Indian journal of veterinary science and animal husbandry - Volumes 18-21, 1948-1951
Year: 1948
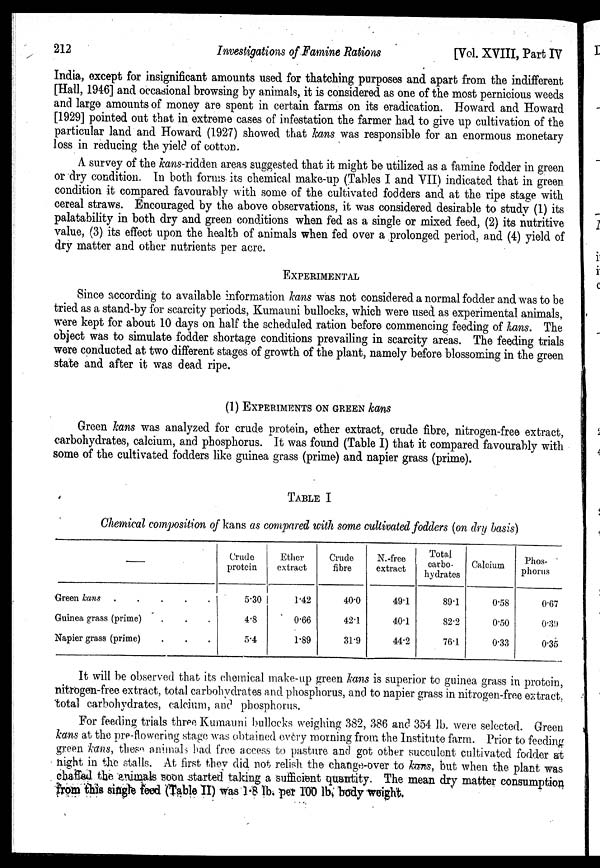
212
Investigations of Famine Rations
[Vol. XVIII, Part IV
India, except for insignificant amounts used for thatching purposes and apart from the indifferent
[Hall, 1946] and occasional browsing by animals, it is considered as one of the most pernicious weeds
and large amounts of money are spent in certain farms on its eradication. Howard and Howard
[1929] pointed out that in extreme cases of infestation the farmer had to give up cultivation of the
particular land and Howard (1927) showed that kans was responsible for an enormous monetary
loss in reducing the yield of cotton.
A survey of the kans-ridden areas suggested that it might be utilized as a famine fodder in green
or dry condition. In both forms its chemical make-up (Tables I and VII) indicated that in green
condition it compared favourably with some of the cultivated fodders and at the ripe stage with
cereal straws. Encouraged by the above observations, it was considered desirable to study (1) its
palatability in both dry and green conditions when fed as a single or mixed feed, (2) its nutritive
value, (3) its effect upon the health of animals when fed over a prolonged period, and (4) yield of
dry matter and other nutrients per acre.
EXPERIMENTAL
Since according to available information kans was not considered a normal fodder and was to be
tried as a stand-by for scarcity periods, Kumauni bullocks, which were used as experimental animals,
were kept for about 10 days on half the scheduled ration before commencing feeding of kans. The
object was to simulate fodder shortage conditions prevailing in scarcity areas. The feeding trials
were conducted at two different stages of growth of the plant, namely before blossoming in the green
state and after it was dead ripe.
(1) EXPERIMENTS ON GREEN kans
Green kans was analyzed for crude protein, ether extract, crude fibre, nitrogen-free extract,
carbohydrates, calcium, and phosphorus. It was found (Table I) that it compared favourably with
some of the cultivated fodders like guinea grass (prime) and napier grass (prime).
TABLE I
Chemical composition of kans as compared with some cultivated fodders (on dry basis)
—
Green leans
.....
Guinea grass (prime) ...
Napier grass (prime) ...
Crude
protein
5.30
4.8
5.4
Ether-
extract
1.42
0.66
1.89
Crude
fibre
40.0
42.1
31.9
N.-free
extract
49.1
40.1
44.2
Total
carbo-
hydrates
89.1
82.2
76.1
Calcium
0.58
0.50
0.33
Phos-
phorus
0.67
0.39
0.35
It will be observed that its chemical make-up green kans is superior to guinea grass in protein,
nitrogen-free extract, total carbohydrates and phosphorus, and to napier grass in nitrogen-free extract,
total carbohydrates, calcium, and phosphorus.
For feeding trials three Kumauni bullocks weighing 382, 386 and 354 lb. were selected. Green
leans at the pre-flowering stage was obtained every morning from the Institute farm. Prior to feeding
green kans, these animals had free access to pasture and got other succulent cultivated fodder at
night in the stalls. At first they did not relish the change-over to kans, but when the plant was
chaffed the animals soon started taking a sufficient quantity. The mean dry matter consumption
from this single feed (Table II) was 1.8 lb. pet 100 lb. body weight.